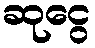
ဆုငွေ